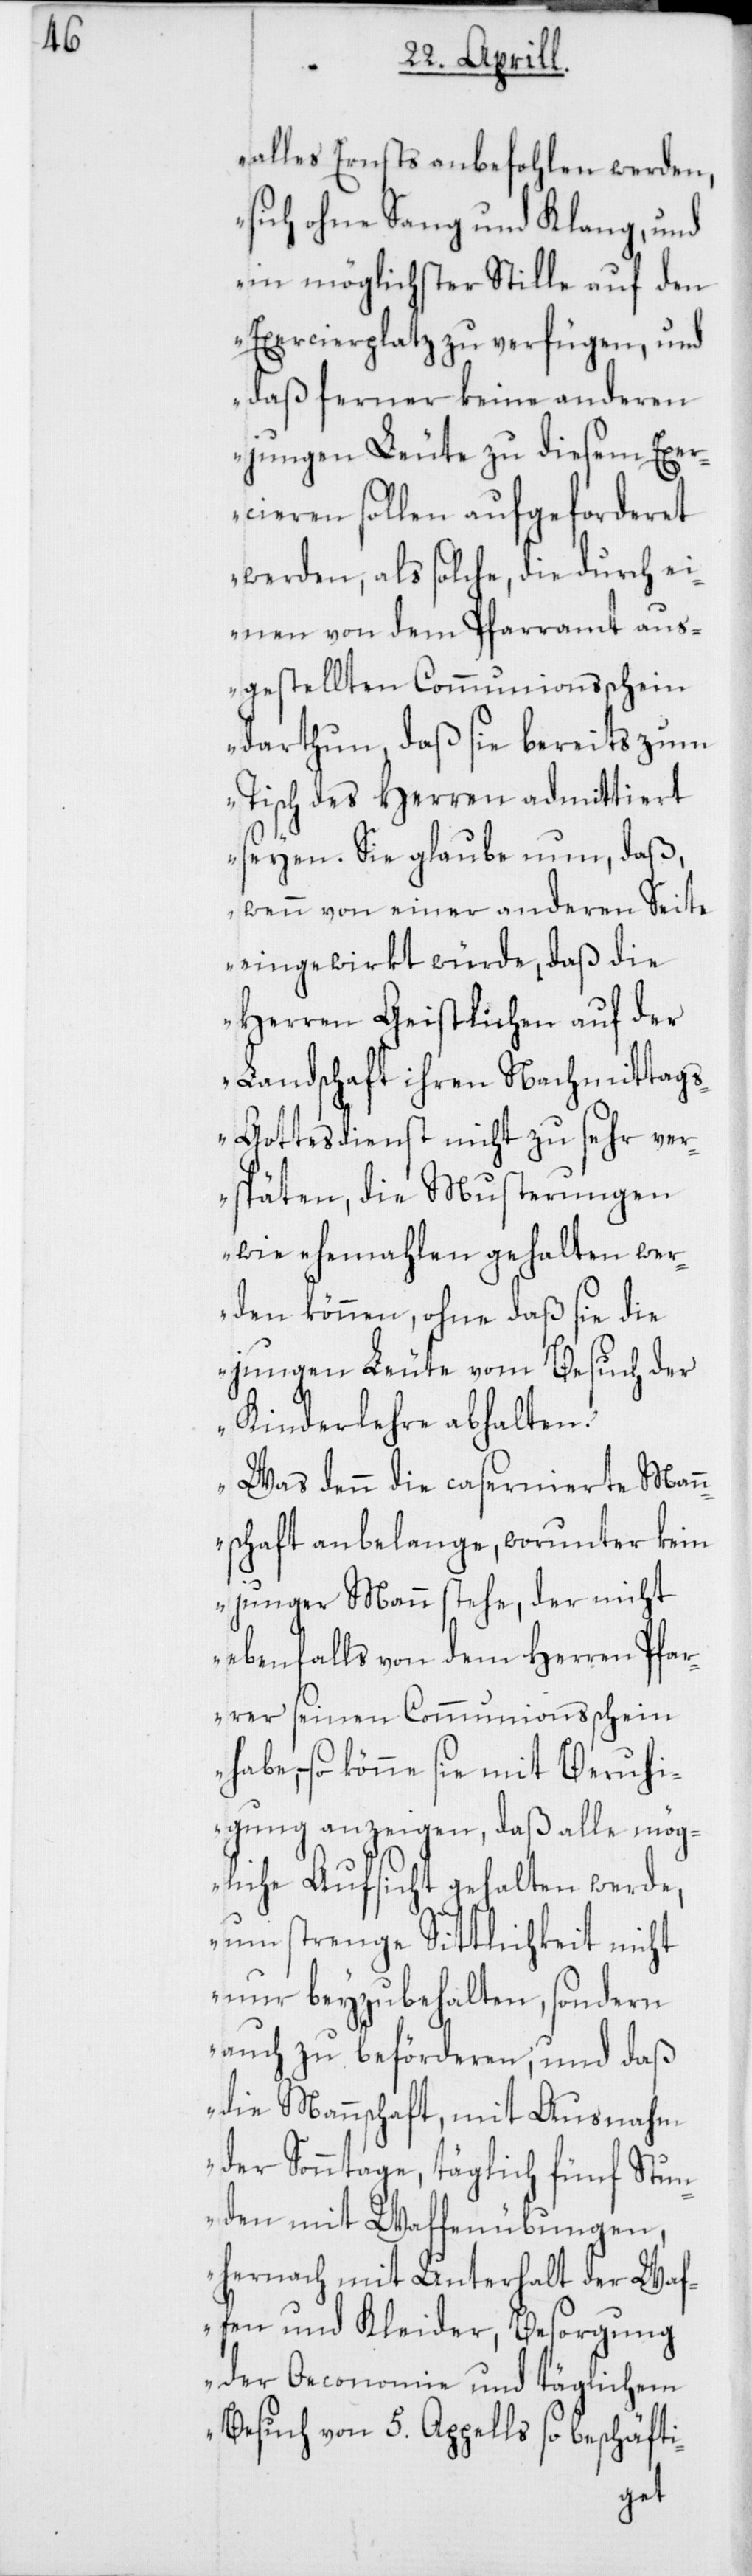
alles Ernsts anbefohlen werden,
sich ohne Sang und Klang und
in möglichster Stille auf den
Exercierplatz zu verfügen, und
daß ferner keine anderen
jungen Leute zu diesem Exe¬
rcieren sollen aufgeforderet
werden, als solche, die durch ei¬
nen von dem Pfarramt aus¬
gestellten Communionsschein
darthun, daß sie bereits zum
Tisch des Herren admittiert
seyen. Sie glaube nun, daß,
wenn von einer anderen Seite
eingewirkt würde, daß die
Herren Geistlichen auf der
Landschaft ihren Nachmittag¬
s-Gottesdienst nicht zu sehr ver¬
späten, die Musterungen
wie ehemahlen gehalten wer¬
den könne, ohne daß sie die
jungen Leute vom Besuch der
Kinderlehre abhalten.
Was denn die casernierte Man¬
nschaft anbelange, worunter kein
junger Mann stehe, der nicht
ebenfalls von dem Herren Pfar¬
rer seinen Communionsschein
habe, – so könne sie mit Beruhi¬
gung anzeigen, daß alle mög¬
liche Aufsicht gehalten werde,
um strenge Sittlichkeit nicht
nur beyzubehalten, sondern
auch zu beförderen, und daß
die Mannschaft, mit Ausnahm
der Sonntage, täglich fünf Stun¬
den mit Waffenübungen,
hernach mit Unterhalt der Waf¬
fen und Kleider, Besorgung
der Oeconomie und täglichem
Besuch von 5. Appells so beschäfti-